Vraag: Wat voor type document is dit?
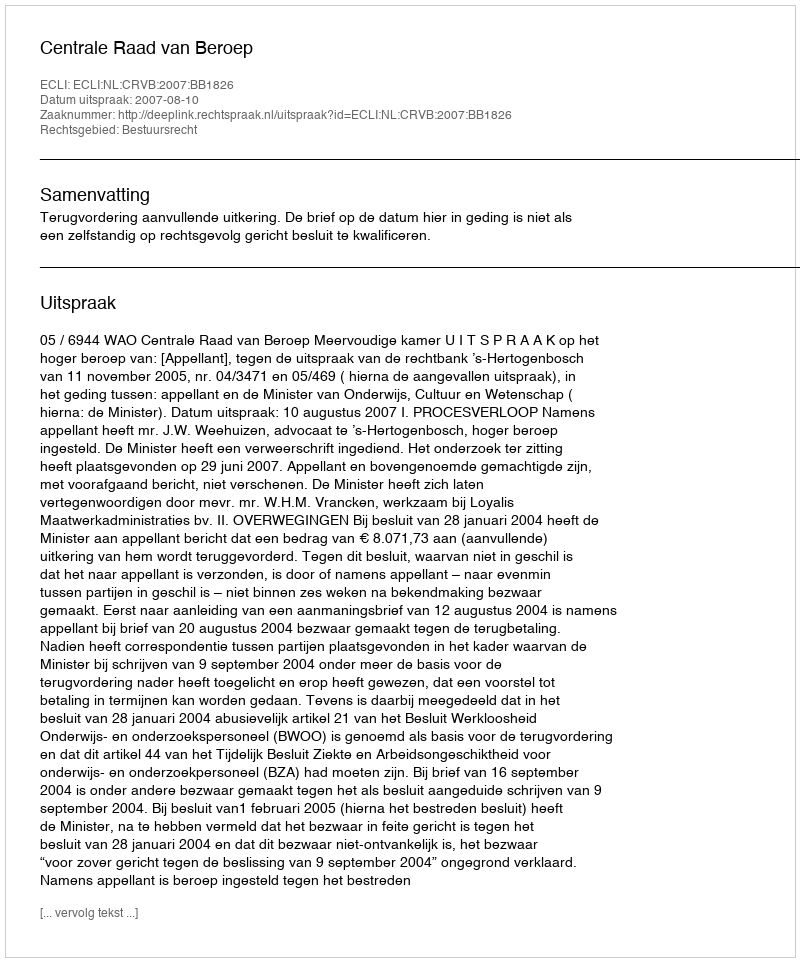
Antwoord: Uitspraak